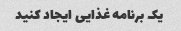
یک برنامه غذایی ایجاد کنید